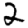
Digit: 2